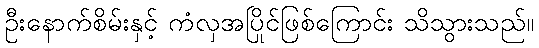
ဦးနောက်စိမ်းနှင့် ကံလှအပြိုင်ဖြစ်ကြောင်း သိသွားသည်။